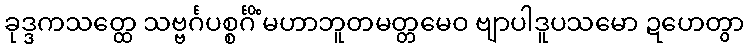
ခုဒ္ဒကသတ္ထေ သဗ္ဗင်္ဂပစ္စင်္ဂိံ မဟာဘူတမတ္တမေဝ ဗျာပါဒူပသမော ဍဟေတွာ